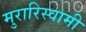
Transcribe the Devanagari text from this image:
मुरारिस्वामी